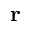
{ \bf r }